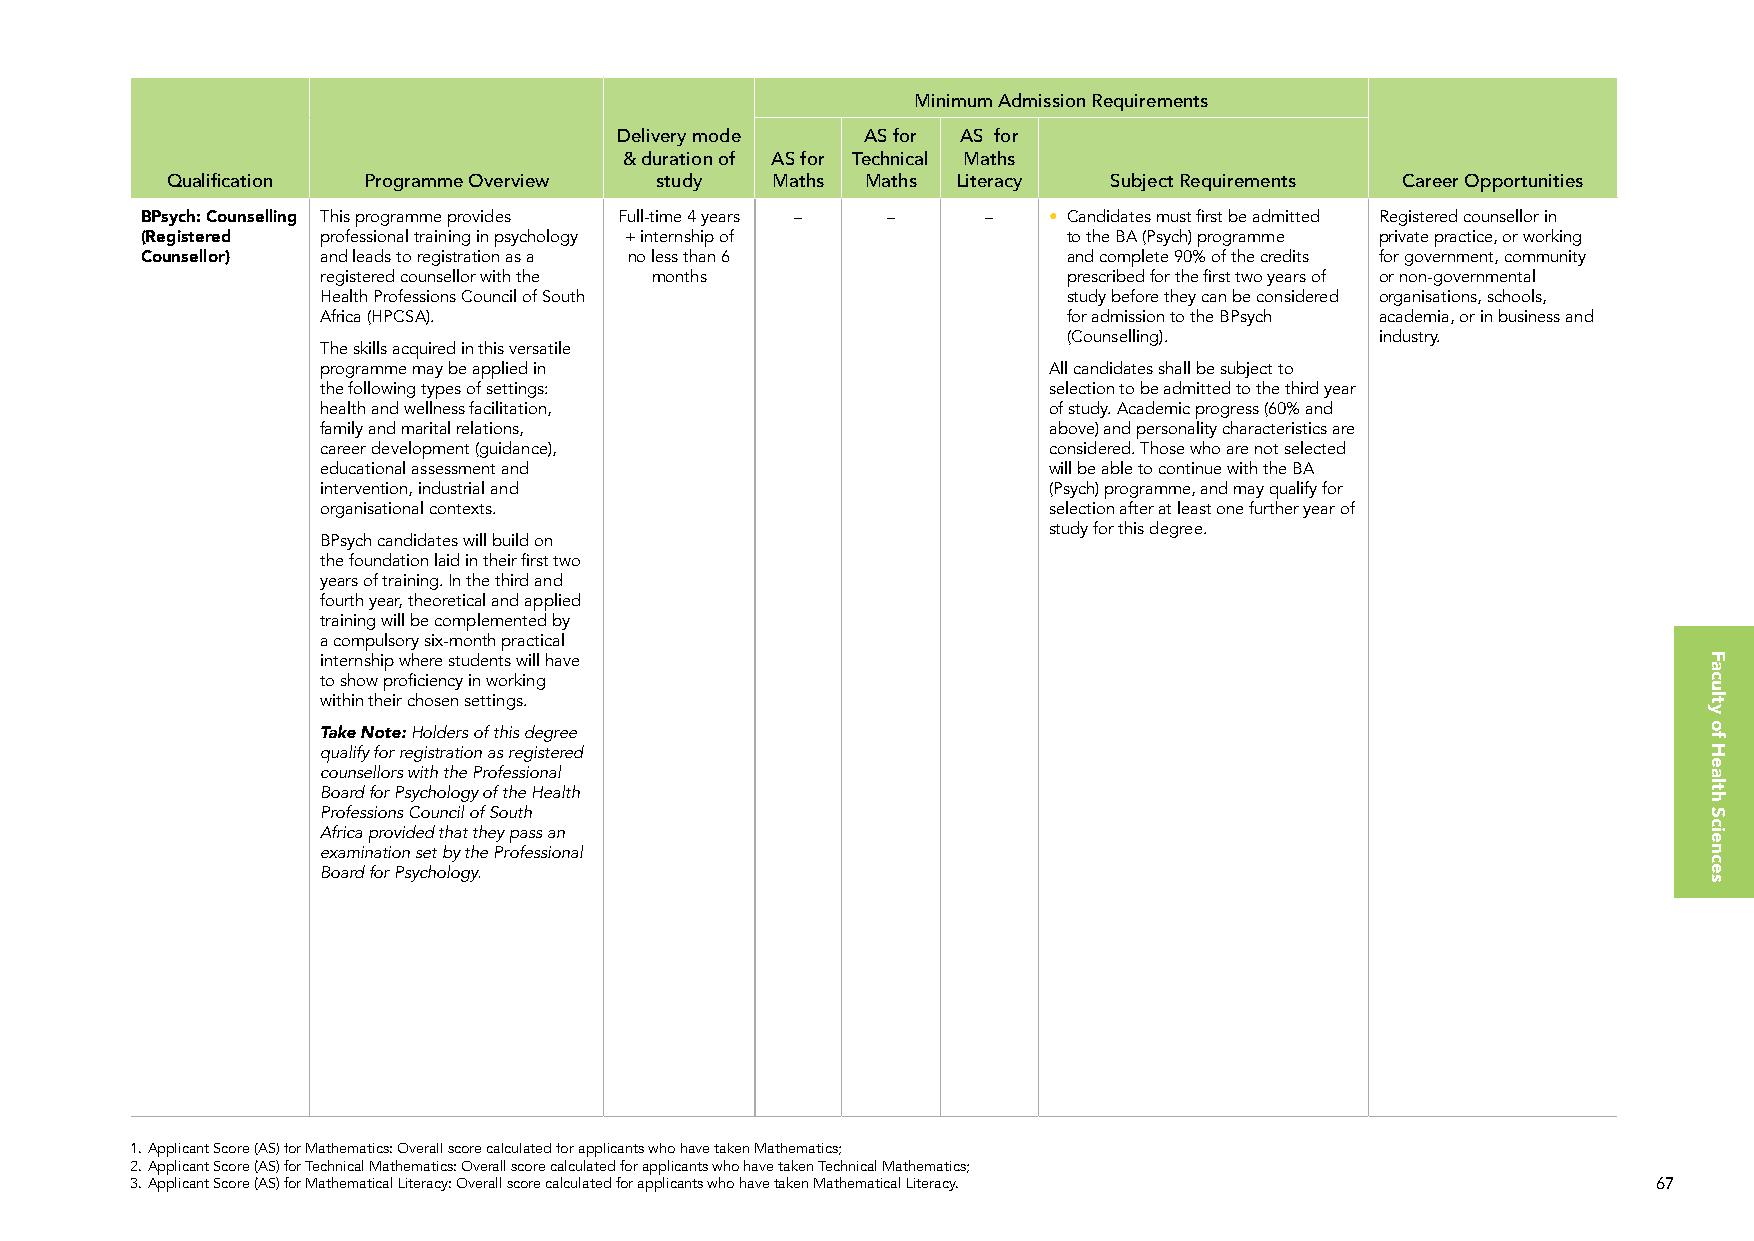
Minimum Admission Requirements
 Delivery mode   AS for AS for
 & duration of AS for Technical Maths
 Qualification Programme Overview study  Maths Maths Literacy   Subject Requirements Career Opportunities
 BPsych: Counselling This programme provides Full-time 4 years – – – • Candidates must first be admitted Registered counsellor in
 (Registered professional training in psychology + internship of to the BA (Psych) programme private practice, or working
 Counsellor) and leads to registration as a no less than 6     and complete 90% of the credits for government, community
 registered counsellor with the months             prescribed for the first two years of or non-governmental
 Health Professions Council of South               study before they can be considered organisations, schools,
 Africa (HPCSA).                                   for admission to the BPsych academia, or in business and
 (Counselling).      industry.
 The skills acquired in this versatile
 programme may be applied in                     All candidates shall be subject to
 the following types of settings:                selection to be admitted to the third year
 health and wellness facilitation,               of study. Academic progress (60% and
 family and marital relations,                   above) and personality characteristics are
 career development (guidance),                  considered. Those who are not selected
 educational assessment and                      will be able to continue with the BA
 intervention, industrial and                    (Psych) programme, and may qualify for
 organisational contexts.                        selection after at least one further year of
 study for this degree.
 BPsych candidates will build on
 the foundation laid in their first two
 years of training. In the third and
 fourth year, theoretical and applied
 training will be complemented by
 a compulsory six-month practical
 internship where students will have
 to show proficiency in working
 within their chosen settings.
 Take Note: Holders of this degree
 qualify for registration as registered
 counsellors with the Professional
 Board for Psychology of the Health
 Professions Council of South
 Africa provided that they pass an
 examination set by the Professional
 Board for Psychology.
 1. Applicant Score (AS) for Mathematics: Overall score calculated for applicants who have taken Mathematics;
 2. Applicant Score (AS) for Technical Mathematics: Overall score calculated for applicants who have taken Technical Mathematics;
 3. Applicant Score (AS) for Mathematical Literacy: Overall score calculated for applicants who have taken Mathematical Literacy. 67
 Faculty
 of
 Health
 Sciences